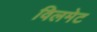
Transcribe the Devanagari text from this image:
विलमेट